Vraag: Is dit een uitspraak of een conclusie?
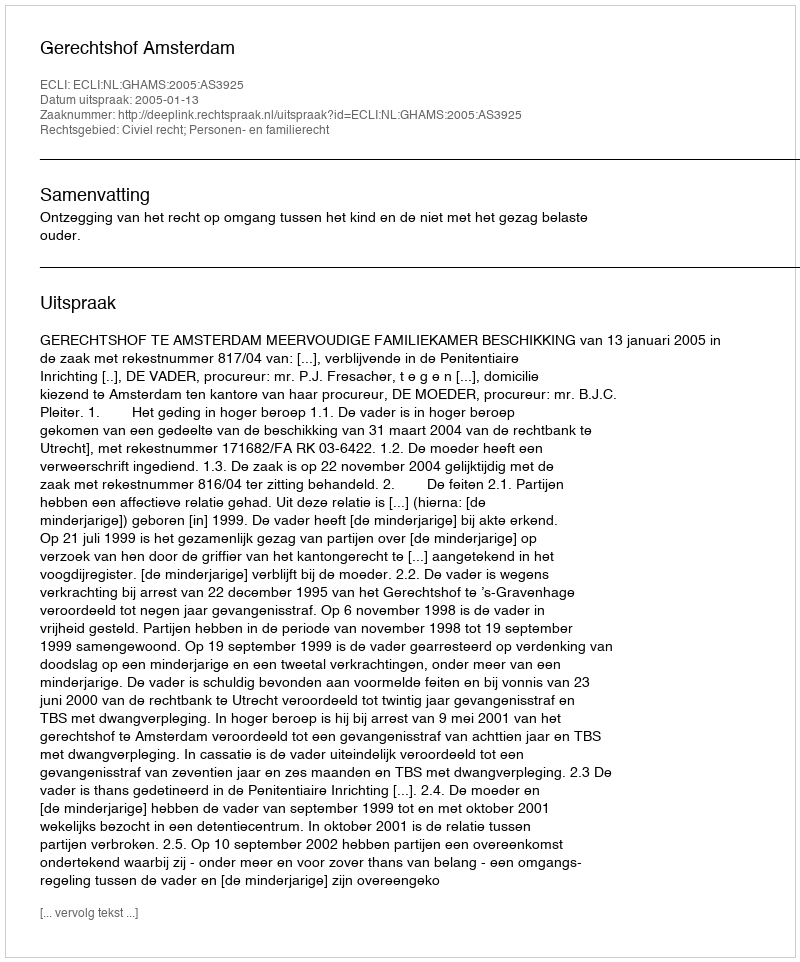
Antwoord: Uitspraak